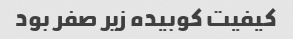
کیفیت کوبیده زیر صفر بود